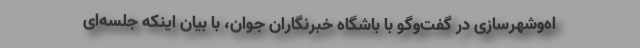
اه‌وشهرسازی در گفت‌وگو با باشگاه خبرنگاران جوان، با بیان اینکه جلسه‌ای